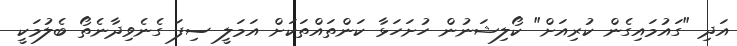
އަދި "ގައުމައިގެން ކުރިއަށް" ކޯލިޝަނުން ހުށަހަޅާ ކަންތައްތަކަށް އަމަލީ ސިފަ ގެނެވިދާނެތޯ ބެލުމަކީ